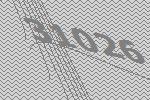
31026